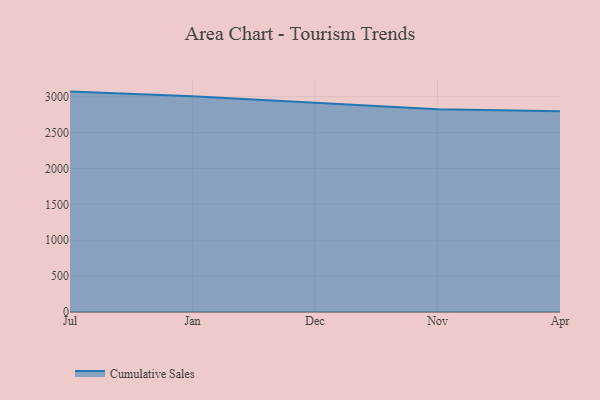
{"axis": {"x": "Month", "y": "Latency (ms)"}, "legend": ["Cumulative Sales"], "data": [{"x": "Jul", "y": 3070.6, "type": "Cumulative Sales"}, {"x": "Jan", "y": 3005.0, "type": "Cumulative Sales"}, {"x": "Dec", "y": 2915.9, "type": "Cumulative Sales"}, {"x": "Nov", "y": 2825.3, "type": "Cumulative Sales"}, {"x": "Apr", "y": 2798.2, "type": "Cumulative Sales"}]}